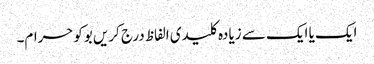
ایک یا ایک سے زیادہ کلیدی الفاظ درج کریں بوکوحرام۔